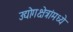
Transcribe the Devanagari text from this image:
उद्योगक्षेत्रांमध्ये